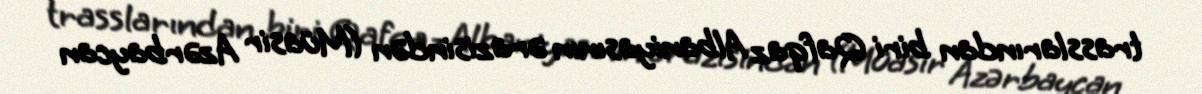
trasslarından biri Qafqaz Albaniyasının ərazisindən (Müasir Azərbaycan